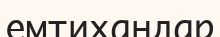
емтихандар